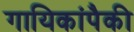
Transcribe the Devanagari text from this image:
गायिकांपैकी